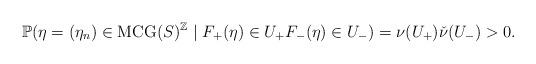
LaTeX: \begin{align*}\mathbb{P}(\eta = (\eta_{n})\in\mathrm{MCG}(S)^{\mathbb{Z}}\mid F_{+}(\eta)\in U_{+} F_{-}(\eta)\in U_{-}) = \nu(U_{+})\check\nu(U_{-})>0.\end{align*}